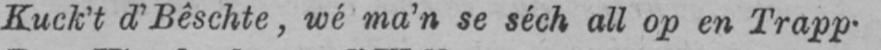
Kuck’t d’Bêschte, wé ma’n se séch ail op en Trapp.